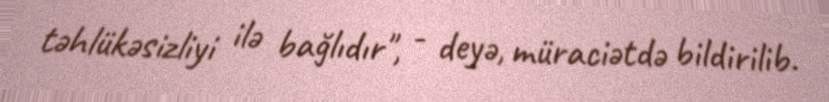
təhlükəsizliyi ilə bağlıdır", - deyə, müraciətdə bildirilib.